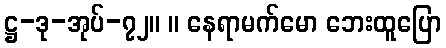
ဋ္ဌ-ဒု-အုပ်-၇၂။ ။ နေရာမက်မော ဘေးထူပြော